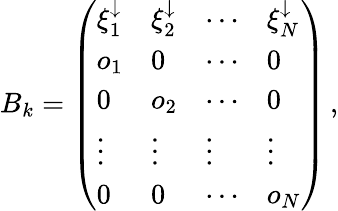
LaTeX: \begin{array}{r}{B_{k}=\left(\begin{array}{llll}{\xi_{1}^{\downarrow}}&{\xi_{2}^{\downarrow}}&{\cdots}&{\xi_{N}^{\downarrow}}\\ {o_{1}}&{0}&{\cdots}&{0}\\ {0}&{o_{2}}&{\cdots}&{0}\\ {\vdots}&{\vdots}&{\vdots}&{\vdots}\\ {0}&{0}&{\cdots}&{o_{N}}\end{array}\right)\, ,}\end{array}